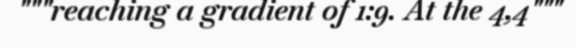
"""reaching a gradient of 1:9. At the 4,4"""